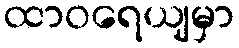
ထာဝရေယျမှာ